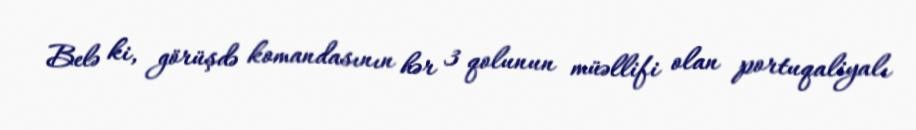
Belə ki, görüşdə komandasının hər 3 qolunun müəllifi olan portuqaliyalı